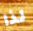
لذا